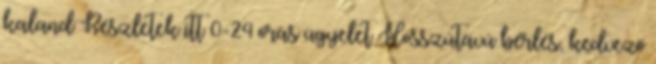
kaland Részletek itt 0-24 órás ügyelet Hosszútávú bérlés, kedvező